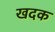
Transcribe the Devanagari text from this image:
खदक